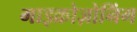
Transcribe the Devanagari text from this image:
माइक्रोज़ोनिंग